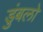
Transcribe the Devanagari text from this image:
डुंबलो